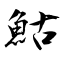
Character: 鮕